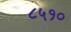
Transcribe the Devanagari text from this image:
८५१०